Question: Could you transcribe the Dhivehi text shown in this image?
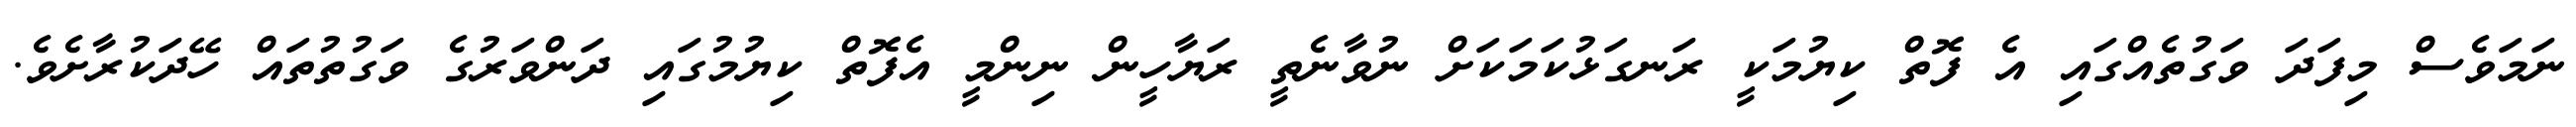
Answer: ނަމަވެސް މިފަދަ ވަގުތެއްގައި އެ ފޮތް ކިޔުމަކީ ރަނގަޅުކަމަކަށް ނުވާނެތީ ރަޔާހީން ނިންމީ އެފޮތް ކިޔުމުގައި ދަންވަރުގެ ވަގުތުތައް ހޭދަކުރާށެވެ.